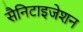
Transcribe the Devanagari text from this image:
सैनिटाइजेशन